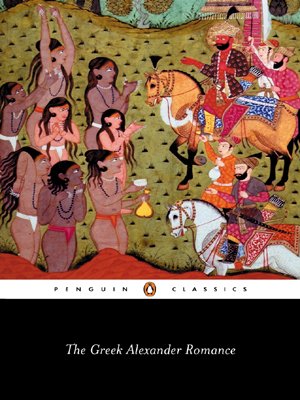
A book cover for The Greek Alexander Romance (Penguin Classics); Richard Stoneman; Romance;